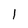
Character: 1